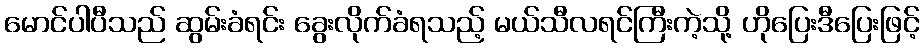
မောင်ပါပီသည် ဆွမ်းခံရင်း ခွေးလိုက်ခံရသည့် မယ်သီလရင်ကြီးကဲ့သို့ ဟိုပြေးဒီပြေးဖြင့်